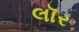
લૉર